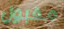
مقبول